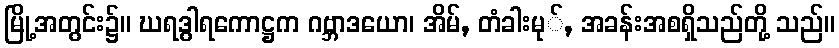
မြို့အတွင်း၌။ ဃရဒွါရကောဋ္ဌက ဂဗ္ဘာဒယော၊ အိမ်, တံခါးမု်, အခန်းအစရှိသည်တို့ သည်။